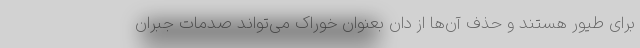
برای طیور هستند و حذف آن‌ها از دان بعنوان خوراک می‌تواند صدمات جبران